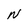
Character: N